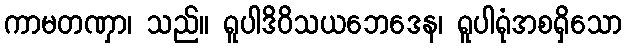
ကာမတဏှာ၊ သည်။ ရူပါဒိဝိသယဘေဒေန၊ ရူပါရုံအစရှိသော